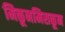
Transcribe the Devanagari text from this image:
मिळूनमिसळून